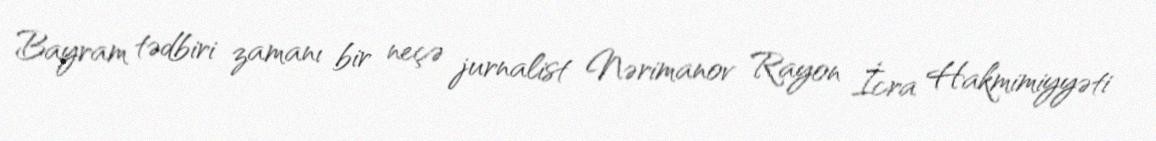
Bayram tədbiri zamanı bir neçə jurnalist Nərimanov Rayon İcra Hakmimiyyəti